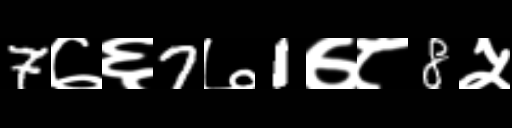
Text: 7७६7७1७८8५